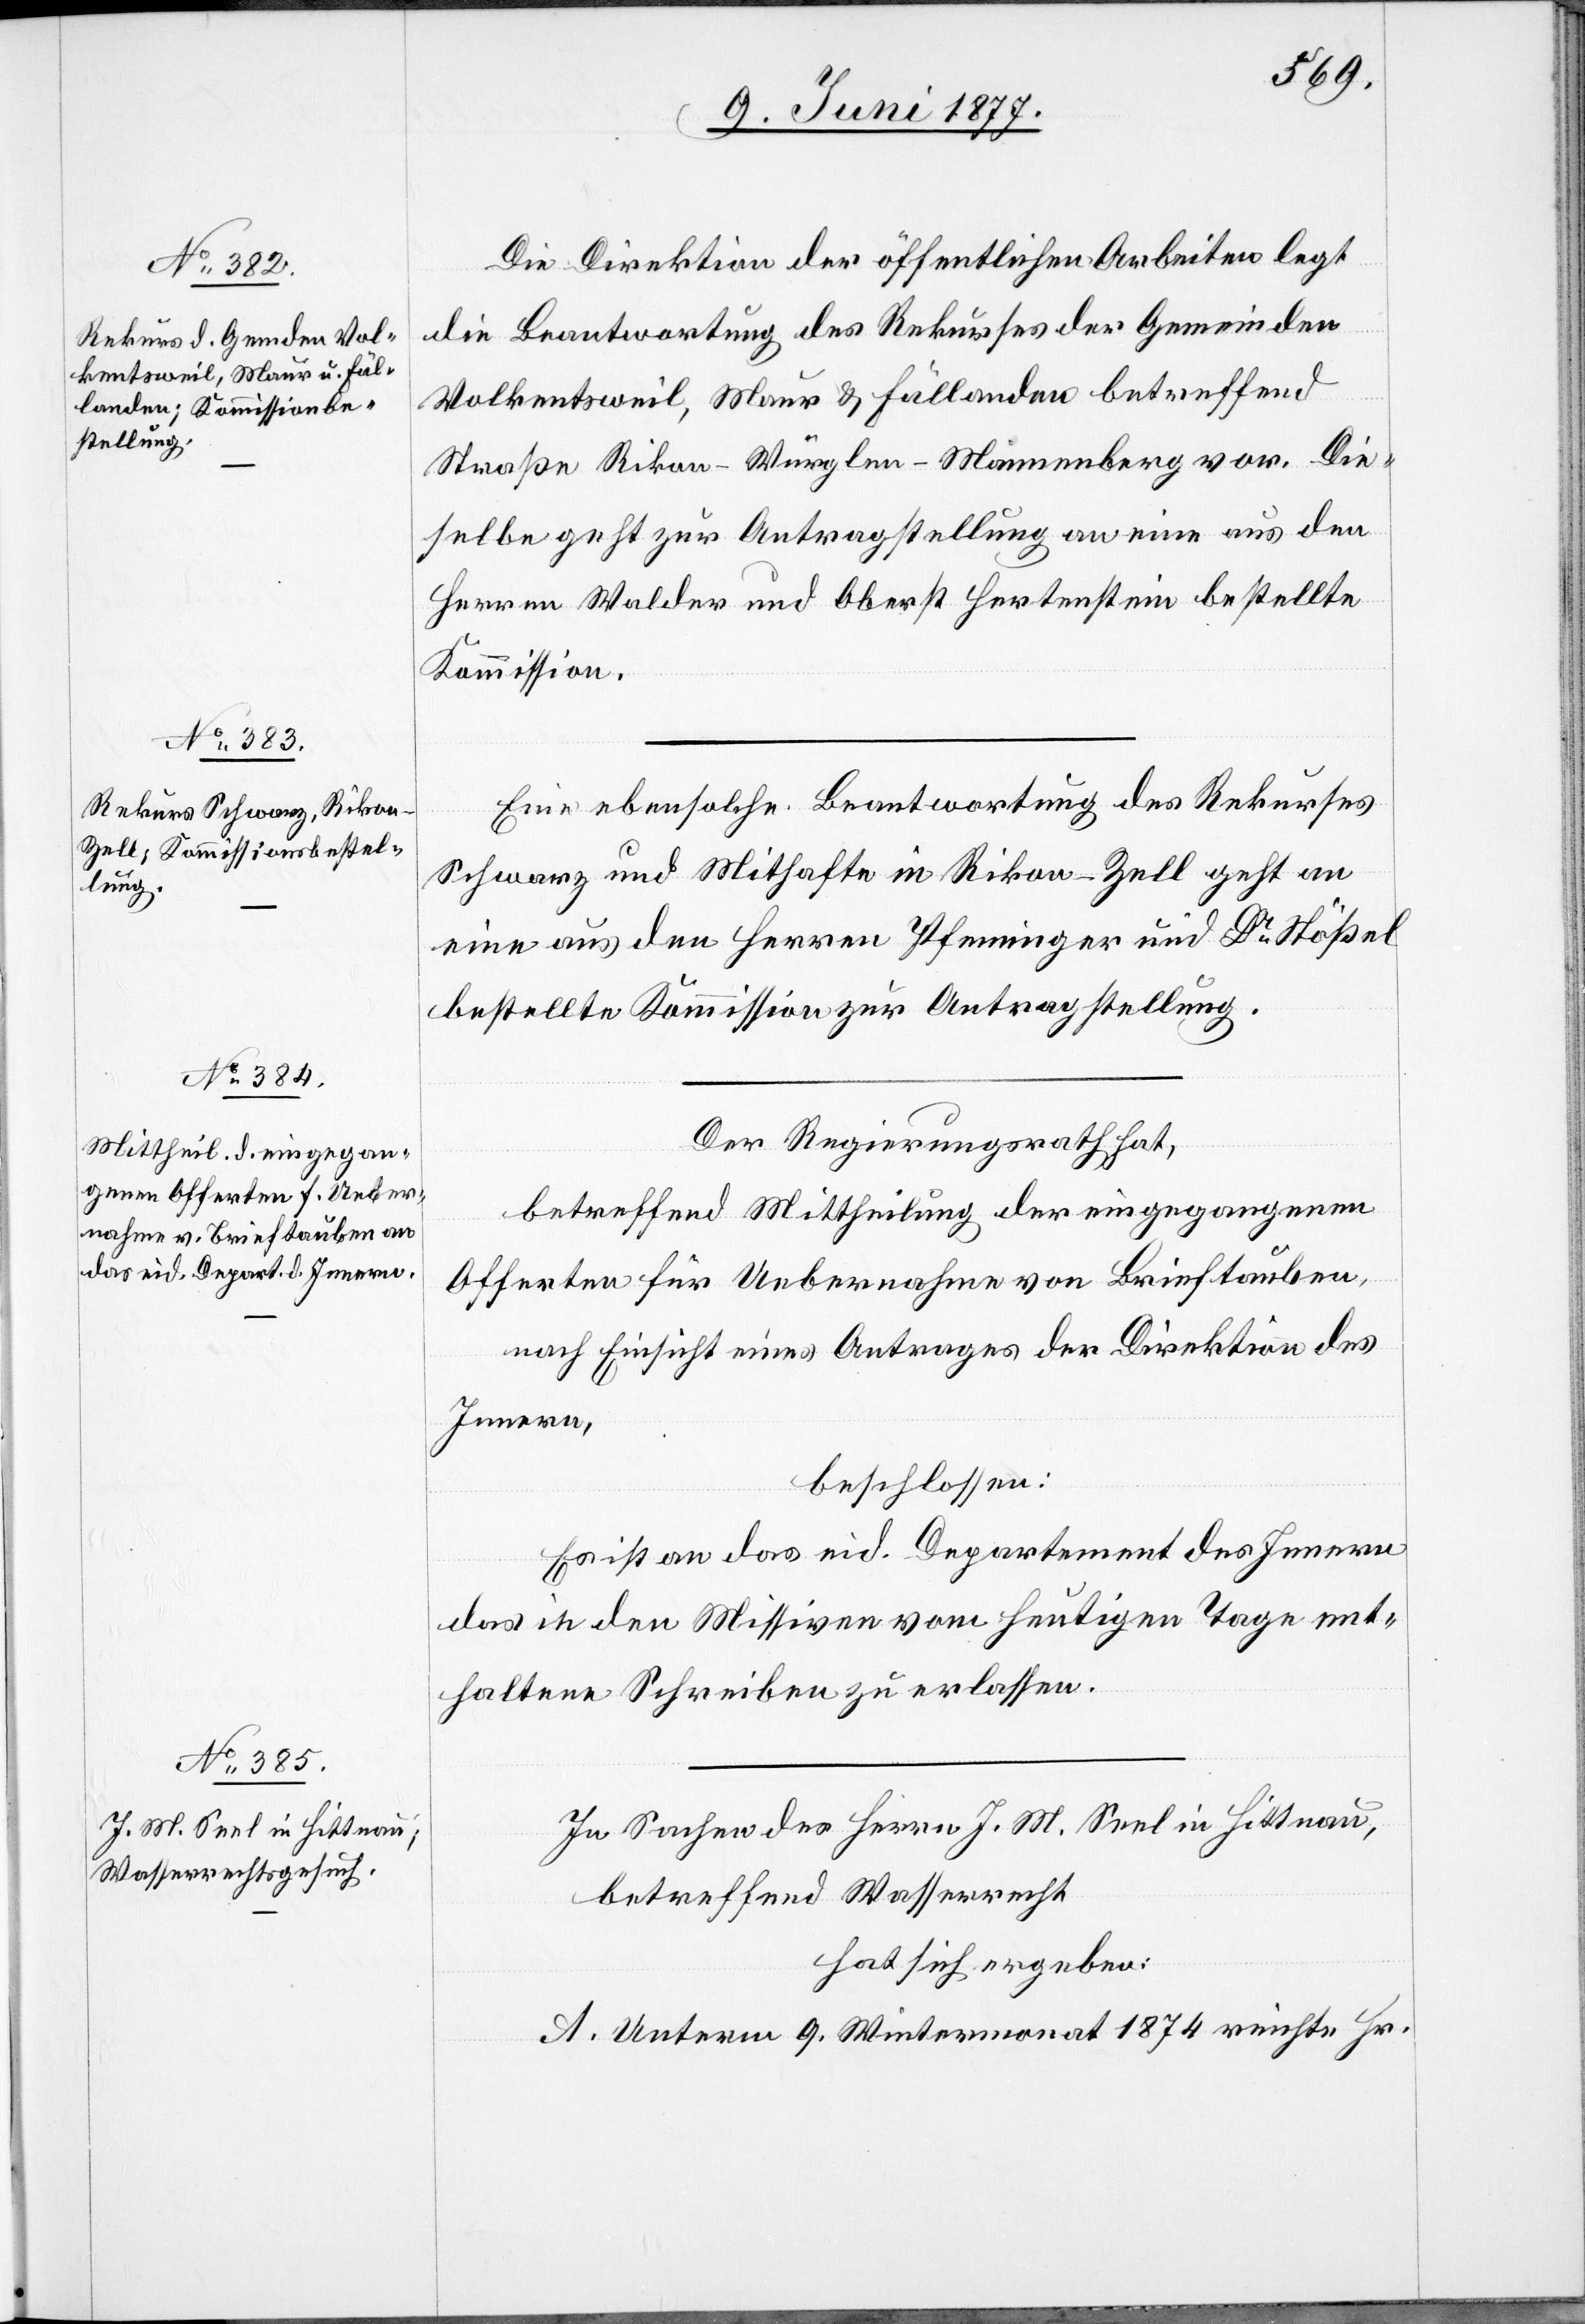
Die Direktion der öffentlichen Arbeiten legt
die Beantwortung des Rekurses der Gemeinden
Volkentsweil, Maur & Fällanden betreffend
Straße Rikon–Würglen–Mammenberg vor. Die¬
selbe geht zur Antragstellung an eine aus den
Herren Walder und Oberst Hertenstein bestellte
Kommission.
Eine ebensolche Beantwortung des Rekurses
Schwarz und Mithafte in Rikon - Zell geht an
eine aus den Herren Pfenninger und Dr Stößel
bestellte Kommission zur Antragstellung.
Der Regierungsrath hat,
betreffend Mittheilung der eingegangenen
Offerten für Uebernahme von Brieftauben,
nach Einsicht eines Antrages der Direktion des
Innern,
beschlossen:
Es ist an das eid. Departement des Innern
das in den Missiven vom heutigen Tage ent¬
haltene Schreiben zu erlassen.
In Sachen des Herrn J. M. Seel in Hittnau,
betreffend Wasserrecht,
hat sich ergeben:
A. Unterm 9. Wintermonat 1874 reichte Hr.